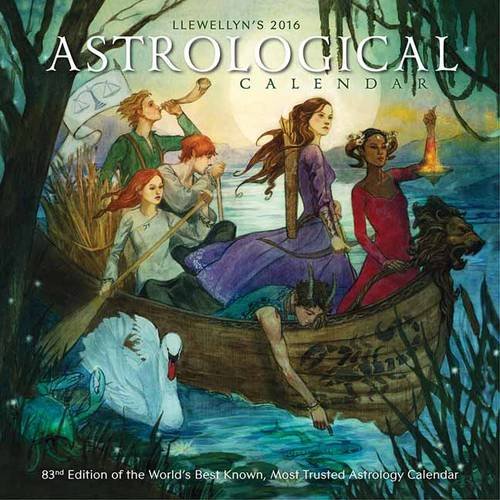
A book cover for Llewellyn's 2016 Astrological Calendar: 83rd Edition of the World's Best Known, Most Trusted Astrology Calendar; Llewellyn; Calendars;